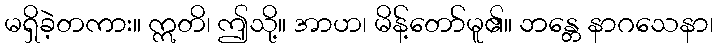
မရှိခဲ့တကား။ ဣတိ၊ ဤသို့။ အာဟ၊ မိန့်တော်မူ၏။ ဘန္တေ နာဂသေနာ၊